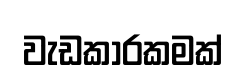
වැඩකාරකමක්